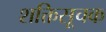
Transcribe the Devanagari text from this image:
शक्तिसूचक